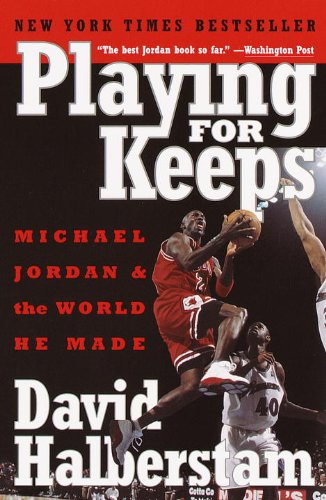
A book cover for Playing for Keeps: Michael Jordan and the World He Made; David Halberstam; Biographies & Memoirs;